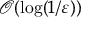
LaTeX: { \mathcal { O } } ( \log ( 1 / \varepsilon ) )